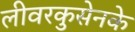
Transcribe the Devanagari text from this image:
लीवरकुसेनके